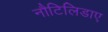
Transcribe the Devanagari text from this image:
नौटिलिडाए